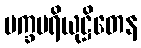
မက္ခပရိယုဋ္ဌိတေန